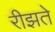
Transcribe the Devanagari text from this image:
रीझते